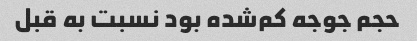
حجم جوجه کم‌شده بود نسبت به قبل